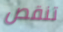
تنقص